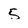
Character: 5